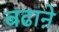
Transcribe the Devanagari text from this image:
बढाऩे